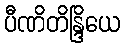
ပီဏိတိန္ဒြိယေ